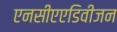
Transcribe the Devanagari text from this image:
एनसीएएडिवीजन